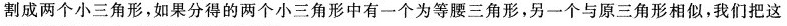
割成两个小三角形，如果分得的两个小三角形中有一个为等腰三角形，另一个与原三角形相似，我们把这